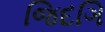
જિદગિ